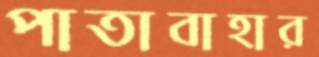
পাতাবাহার